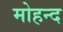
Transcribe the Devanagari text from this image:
मोहन्द